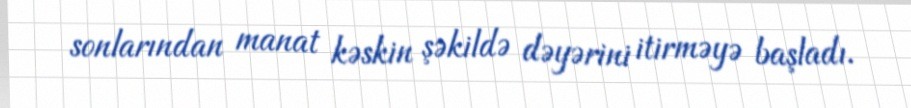
sonlarından manat kəskin şəkildə dəyərini itirməyə başladı.